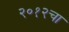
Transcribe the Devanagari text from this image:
२०१२चा